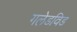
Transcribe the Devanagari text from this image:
गलेडविड